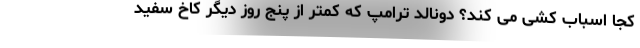
کجا اسباب کشی می کند؟ دونالد ترامپ که کمتر از پنج روز دیگر کاخ سفید